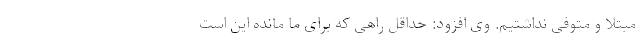
مبتلا و متوفی نداشتیم. وی افزود: حداقل راهی که برای ما مانده این است